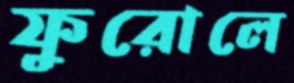
ফুরোলে